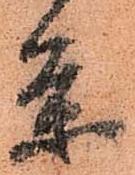
条